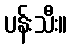
ပန်းသီး။